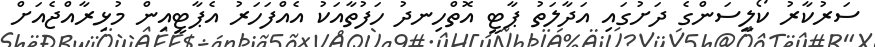
ސަރުކާރު ކޯލީސަންގެ ދަށުގައި އަދާލަތު ޕާޓީ އޮތްހިނދުު ހަފުތާއަކު އެއްފަހަރު އެޕާޓީއިން މުޅިރާއްޖެއަށް